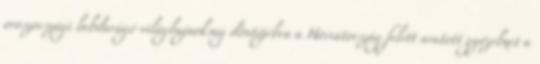
oroszországi labdarúgó-világbajnokság döntőjében a Horvátország felett aratott győzelmet a